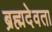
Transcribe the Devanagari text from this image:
ब्रह्मदेवता